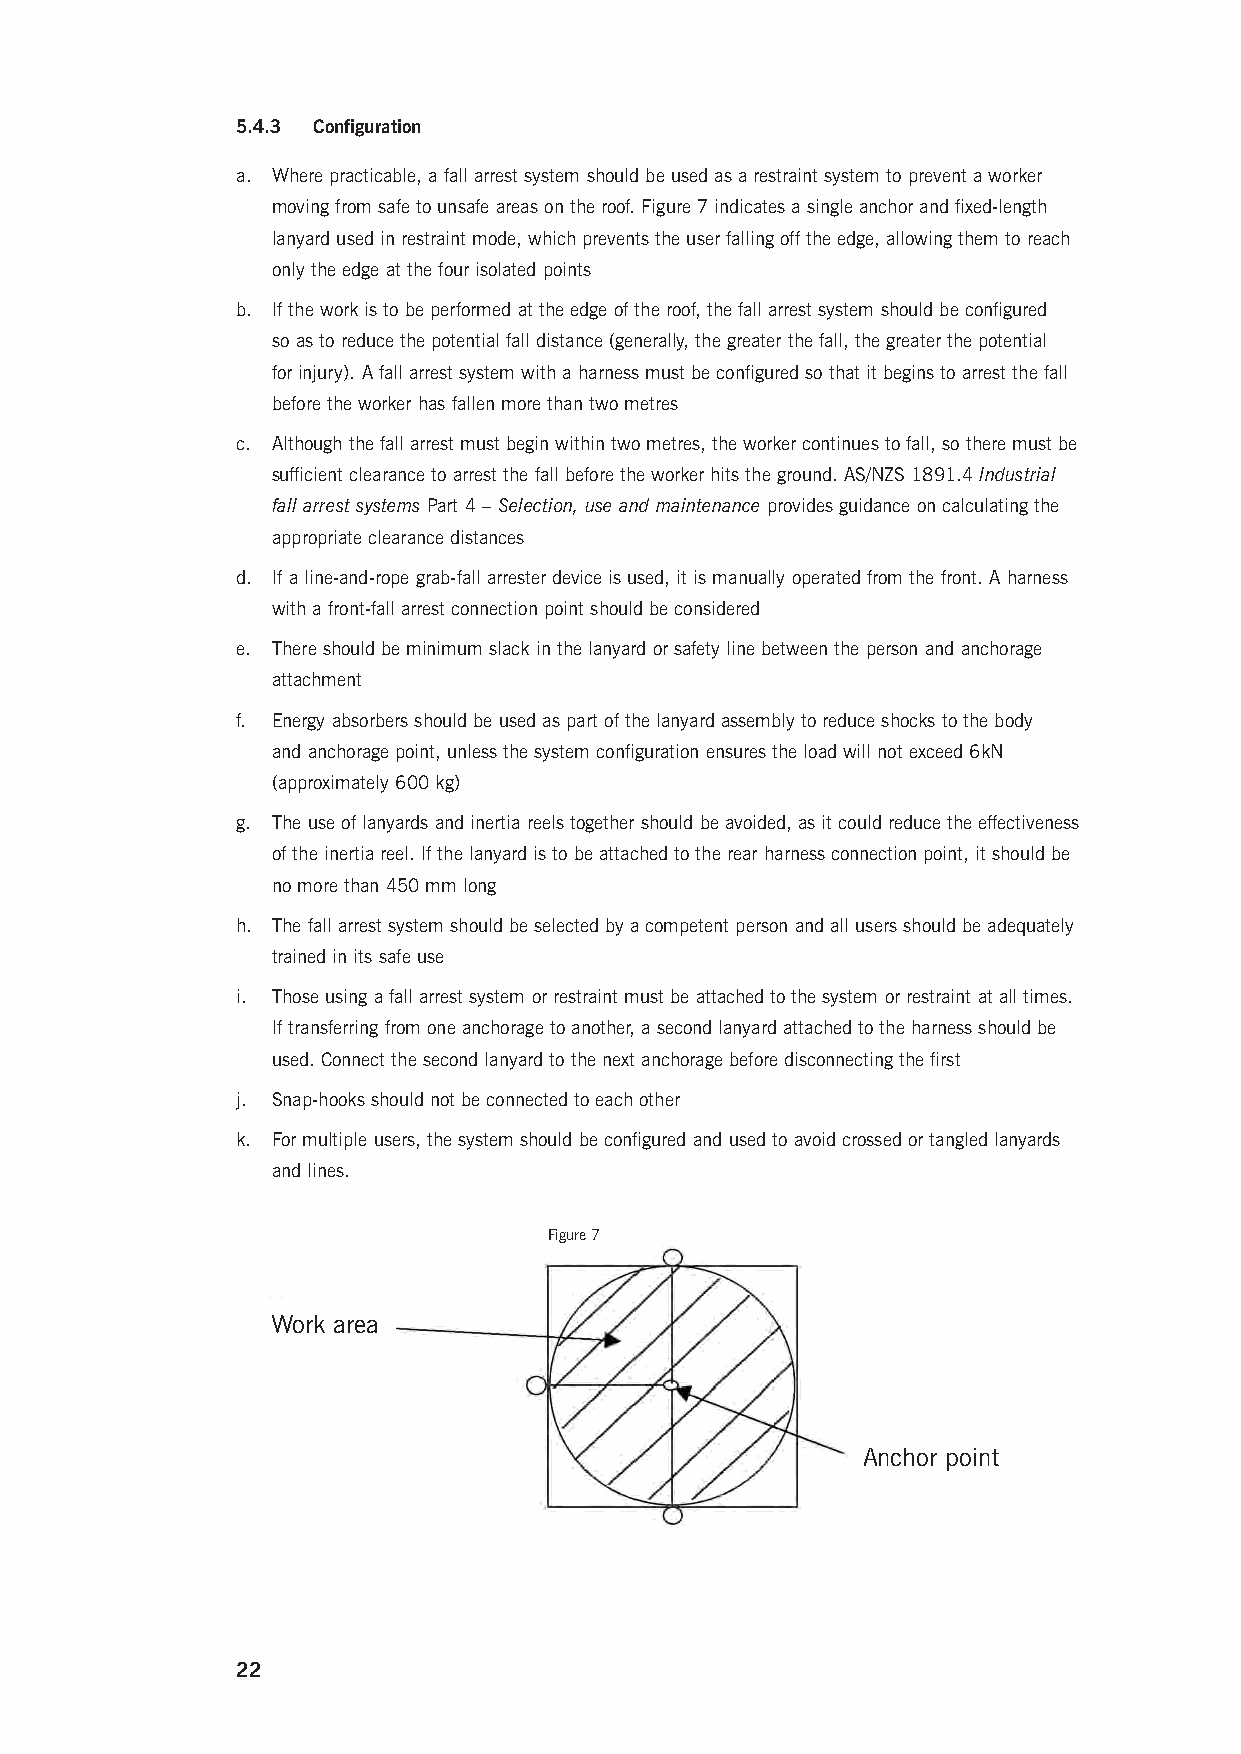
5.4.3 Configuration
 a. Where practicable, a fall arrest system should be used as a restraint system to prevent a worker
 moving from safe to unsafe areas on the roof. Figure 7 indicates a single anchor and fixed-length
 lanyard used in restraint mode, which prevents the user falling off the edge, allowing them to reach
 only the edge at the four isolated points
 b. If the work is to be performed at the edge of the roof, the fall arrest system should be configured
 so as to reduce the potential fall distance (generally, the greater the fall, the greater the potential
 for injury). A fall arrest system with a harness must be configured so that it begins to arrest the fall
 before the worker has fallen more than two metres
 c. Although the fall arrest must begin within two metres, the worker continues to fall, so there must be
 sufficient clearance to arrest the fall before the worker hits the ground. AS/NZS 1891.4 Industrial
 fall arrest systems Part 4 – Selection, use and maintenance provides guidance on calculating the
 appropriate clearance distances
 d. If a line-and-rope grab-fall arrester device is used, it is manually operated from the front. A harness
 with a front-fall arrest connection point should be considered
 e. There should be minimum slack in the lanyard or safety line between the person and anchorage
 attachment
 f. Energy absorbers should be used as part of the lanyard assembly to reduce shocks to the body
 and anchorage point, unless the system configuration ensures the load will not exceed 6kN
 (approximately 600 kg)
 g. The use of lanyards and inertia reels together should be avoided, as it could reduce the effectiveness
 of the inertia reel. If the lanyard is to be attached to the rear harness connection point, it should be
 no more than 450 mm long
 h. The fall arrest system should be selected by a competent person and all users should be adequately
 trained in its safe use
 i. Those using a fall arrest system or restraint must be attached to the system or restraint at all times.
 If transferring from one anchorage to another, a second lanyard attached to the harness should be
 used. Connect the second lanyard to the next anchorage before disconnecting the first
 j. Snap-hooks should not be connected to each other
 k. For multiple users, the system should be configured and used to avoid crossed or tangled lanyards
 and lines.
 Figure 7
 Work area
 Anchor point
 22